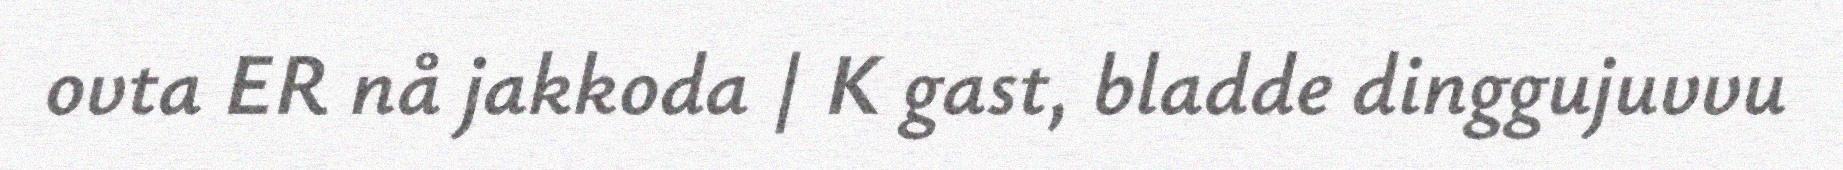
ovta ER nå jakkoda | K gast, bladde dinggujuvvu